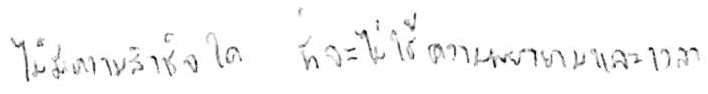
ไม่มีความสำเร็จใด ที่จะไม่ใช้ความพยายามและเวลา